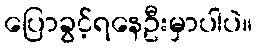
ပြောခွင့်ရနေဦးမှာပါပဲ။